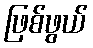
ဖြစ်ဖွယ်